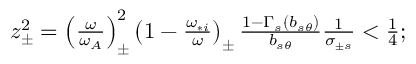
\begin{array} { r } { z _ { \pm } ^ { 2 } = \left( \frac { \omega } { \omega _ { A } } \right) _ { \pm } ^ { 2 } \left( 1 - \frac { \omega _ { * i } } { \omega } \right) _ { \pm } \frac { 1 - \Gamma _ { s } ( b _ { s \theta } ) } { b _ { s \theta } } \frac { 1 } { \sigma _ { \pm s } } < \frac { 1 } { 4 } ; } \end{array}